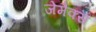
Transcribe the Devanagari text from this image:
जेमैक्स